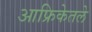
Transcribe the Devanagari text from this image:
आफ्रिकेतले